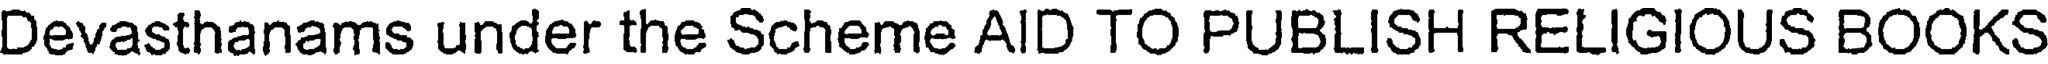
Devasthanams under the Scheme AID TO PUBLISH RELIGIOUS BOOKS